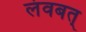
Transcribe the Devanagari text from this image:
लंवबत्‌